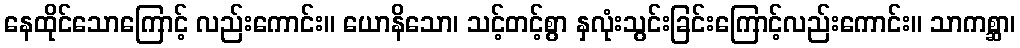
နေထိုင်သောကြောင့် လည်းကောင်း။ ယောနိသော၊ သင့်တင့်စွာ နှလုံးသွင်းခြင်းကြောင့်လည်းကောင်း။ သာကစ္ဆာ၊